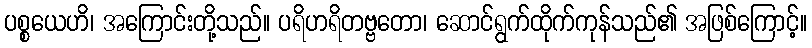
ပစ္စယေဟိ၊ အကြောင်းတို့သည်။ ပရိဟရိတဗ္ဗတော၊ ဆောင်ရွက်ထိုက်ကုန်သည်၏ အဖြစ်ကြောင့်။